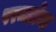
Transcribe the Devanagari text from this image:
परमढाँचा